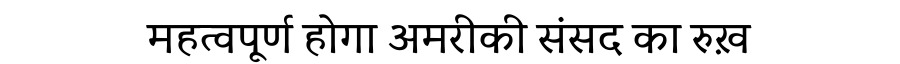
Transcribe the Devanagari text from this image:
महत्वपूर्ण होगा अमरीकी संसद का रुख़